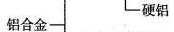
铝合金-硬铝